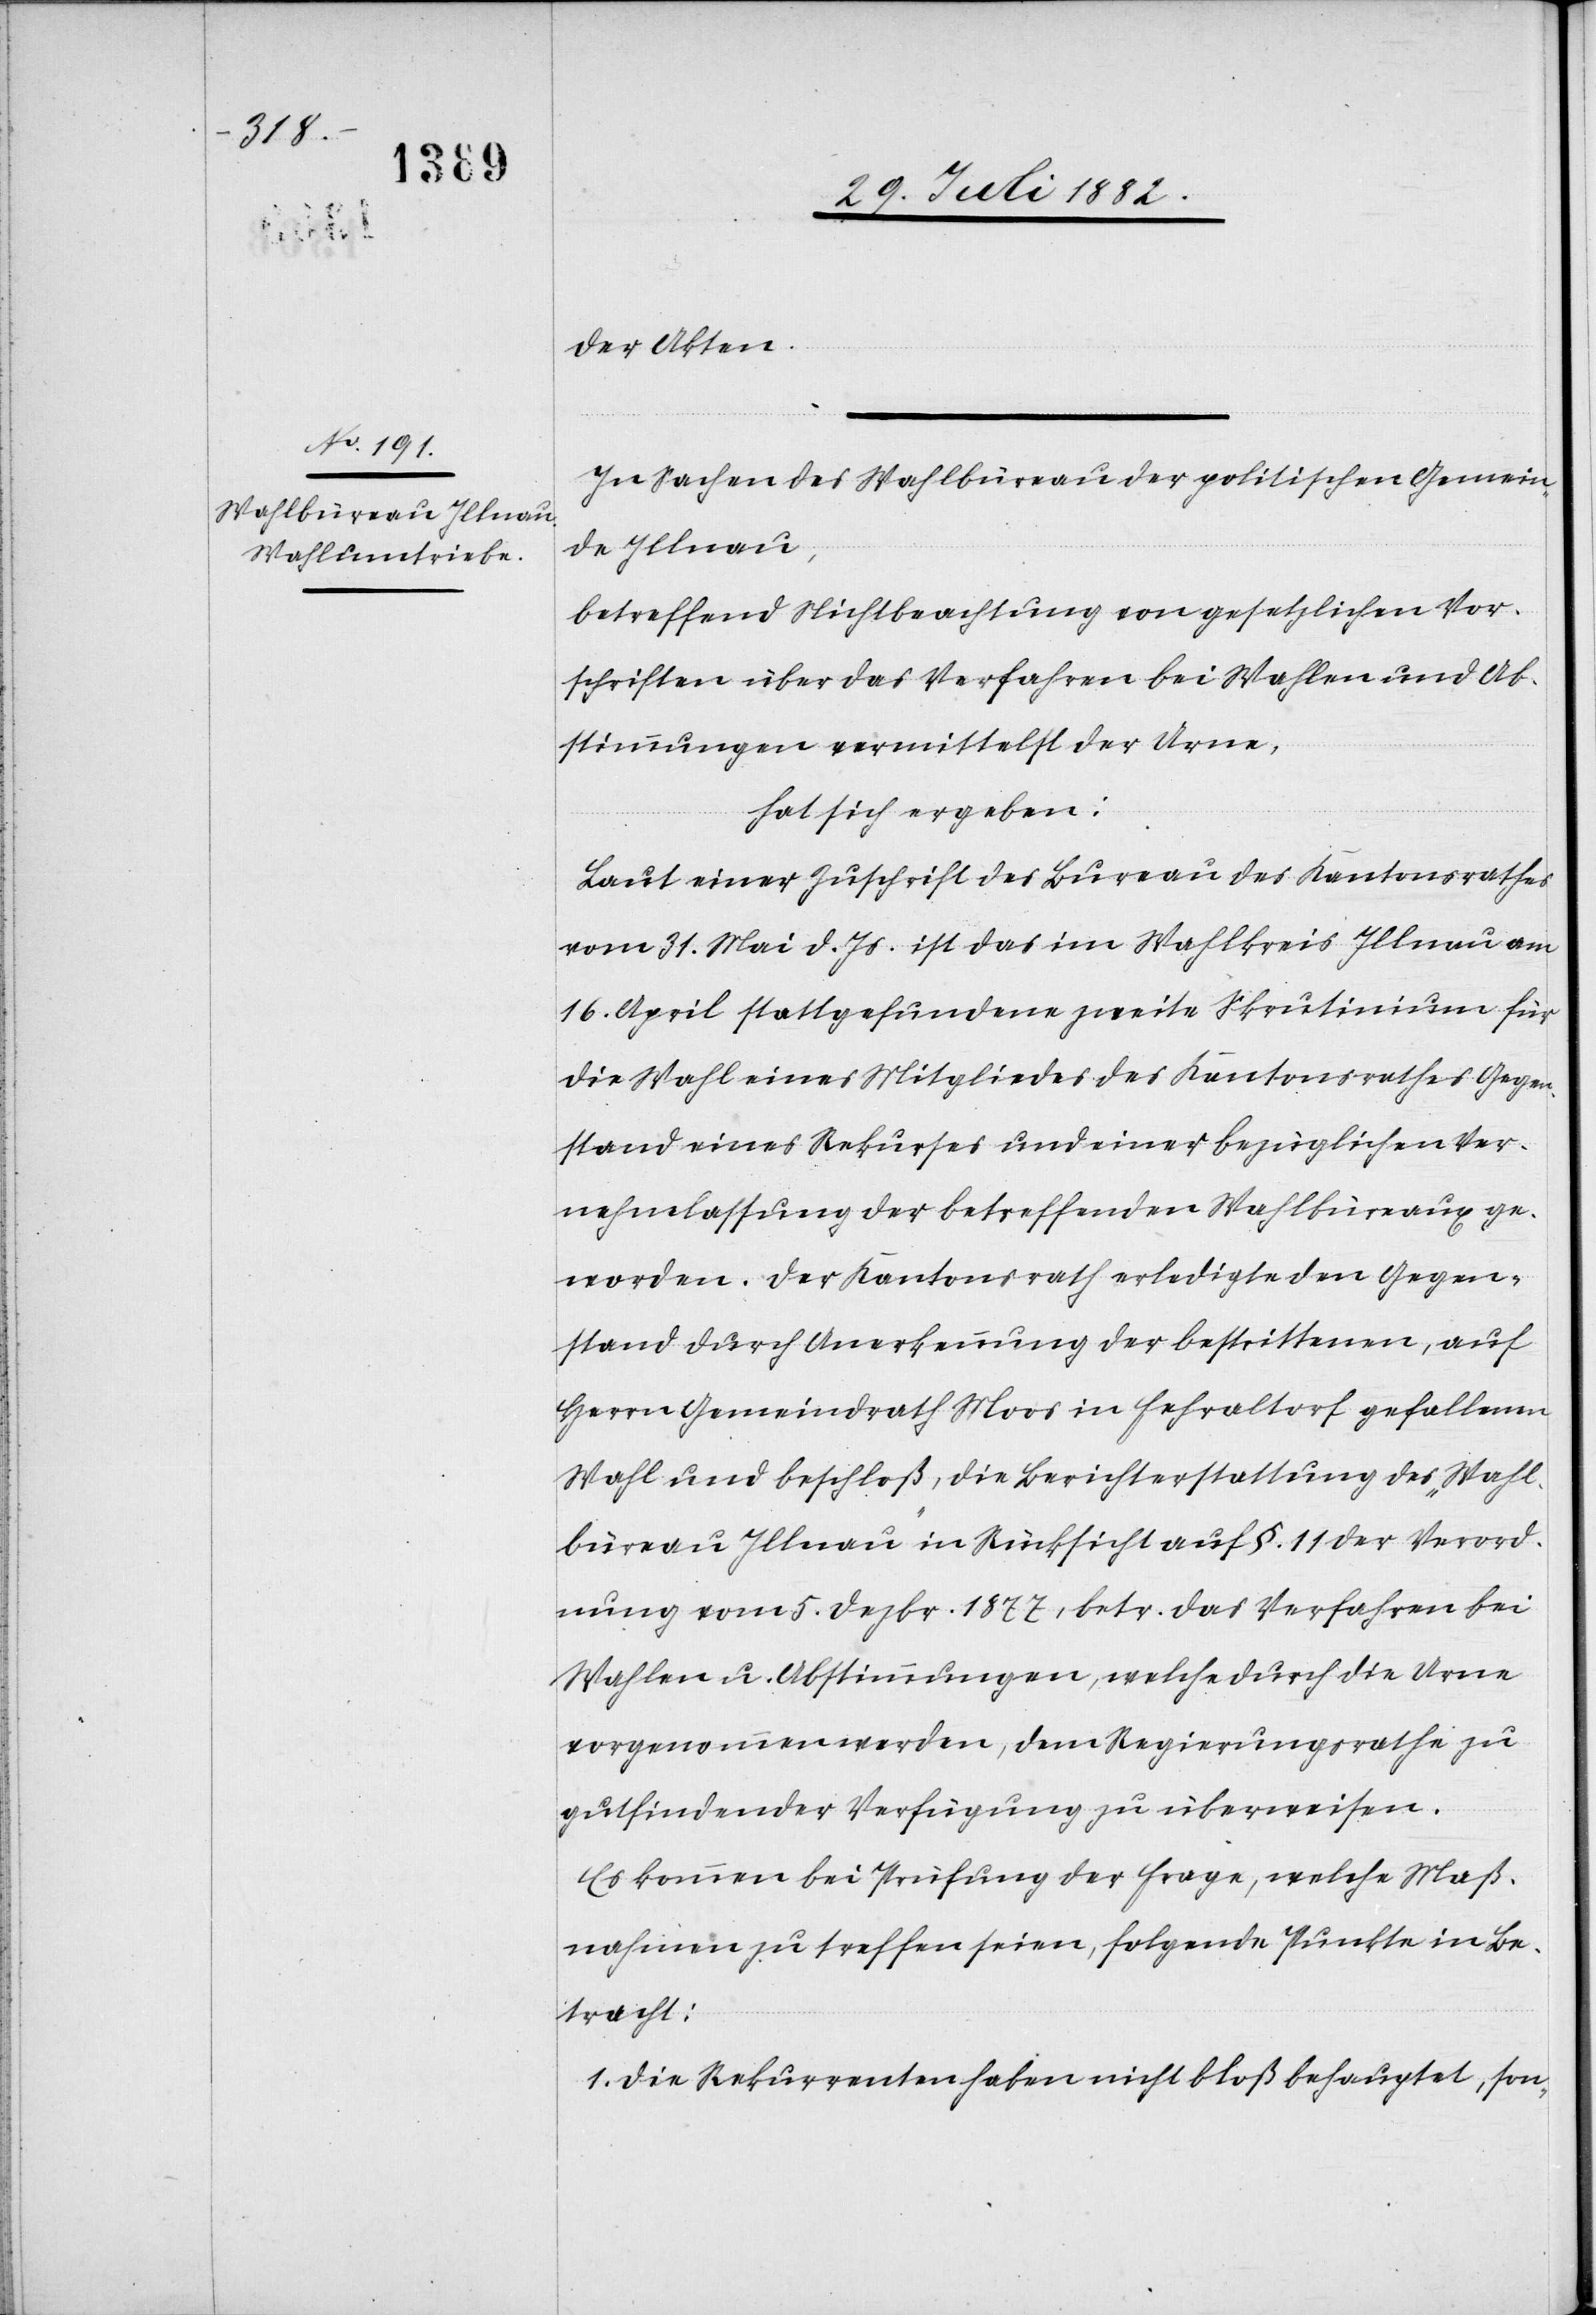
der Akten.
In Sachen des Wahlbüreau der politischen Gemein¬
de Illnau,
betreffend Nichtbeachtung von gesetzlichen Vor¬
schriften über das Verfahren bei Wahlen und Ab¬
stimmung vermittelst der Urne,
hat sich ergeben:
Laut einer Zuschrift des Bureau des Kantonsrathes
vom 31. Mai d. Js. ist das im Wahlkreis Illnau am
16. April stattgefundene zweite Skrutinium für
die Wahl eines Mitgliedes des Kantonsrathes Gegen¬
stand eines Rekurses und einer bezüglichen Ver¬
nehmlassung der betreffenden Wahlbüreaux ge¬
worden. Der Kantonsrath erledigte den Gegen¬
stand durch Anerkennung der bestrittenen, auf
Herrn Gemeindrath Moos in Fehraltorf gefallenen
Wahl und beschloß, die Berichterstattung des „Wahl¬
büreau Illnau“ in Rücksicht auf §. 11 der Verord¬
nung vom 5. Dezbr. 1877, betr. das Verfahren bei
Wahlen u. Abstimmung, welche durch die Urne
vorgenommen werden, dem Regierungsrathe zu
gutfindender Verfügung zu überweisen.
Es kommen bei Prüfung der Frage, welche Maß¬
nahmen zu treffen seien, folgende Punkte in Be¬
tracht:
1. Die Rekurrenten haben nicht bloß behauptet, son-